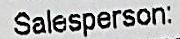
SALESPERSON: